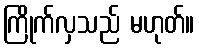
ကြိုက်လှသည် မဟုတ်။